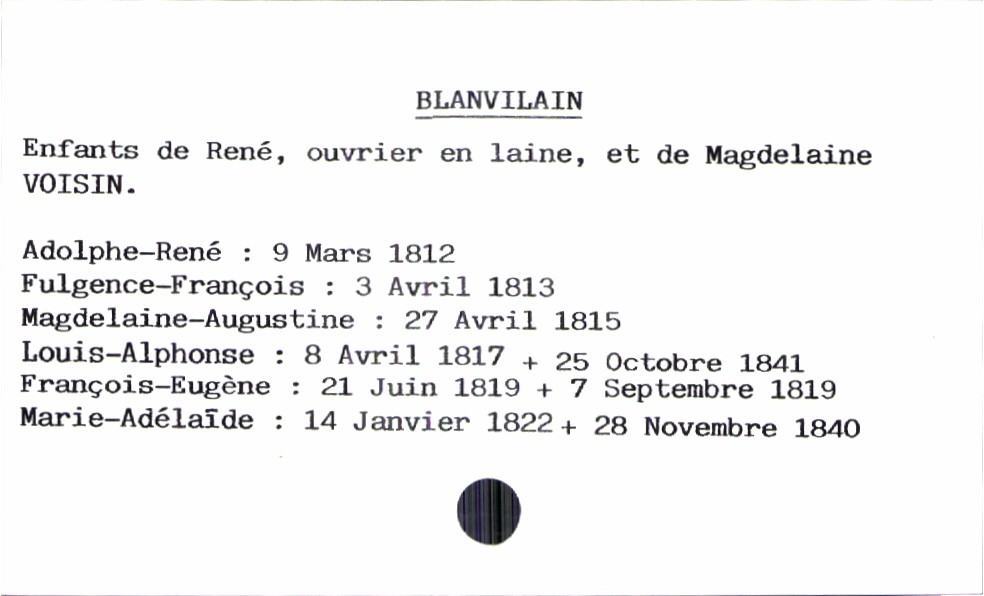
type_acte: Baptême
filiation: fille
enfant_prénom: Marie-Adélaïde
enfant_date_de_naissance: 14 janvier 1822
enfant_date_de_décès: 28 novembre 1840
père_enfant_nom: Blanvilain
père_enfant_prénom: René
père_enfant_profession: ouvrier en laine
mère_enfant_nom: Voisin
mère_enfant_prénom: Magdelaine